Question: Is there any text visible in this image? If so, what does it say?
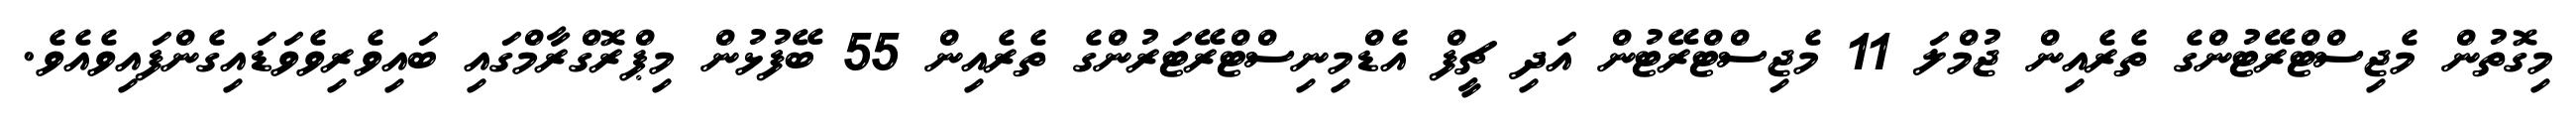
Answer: މިގޮތުން މެޖިސްޓްރޭޓުންގެ ތެރެއިން ޖުމްލަ 11 މެޖިސްޓްރޭޓުން އަދި ޗީފް އެޑްމިނިސްޓްރޭޓަރުންގެ ތެރެއިން 55 ބޭފުޅުން މިޕްރޮގްރާމްގައި ބައިވެރިވެވަޑައިގެންފައިވެއެވެ.